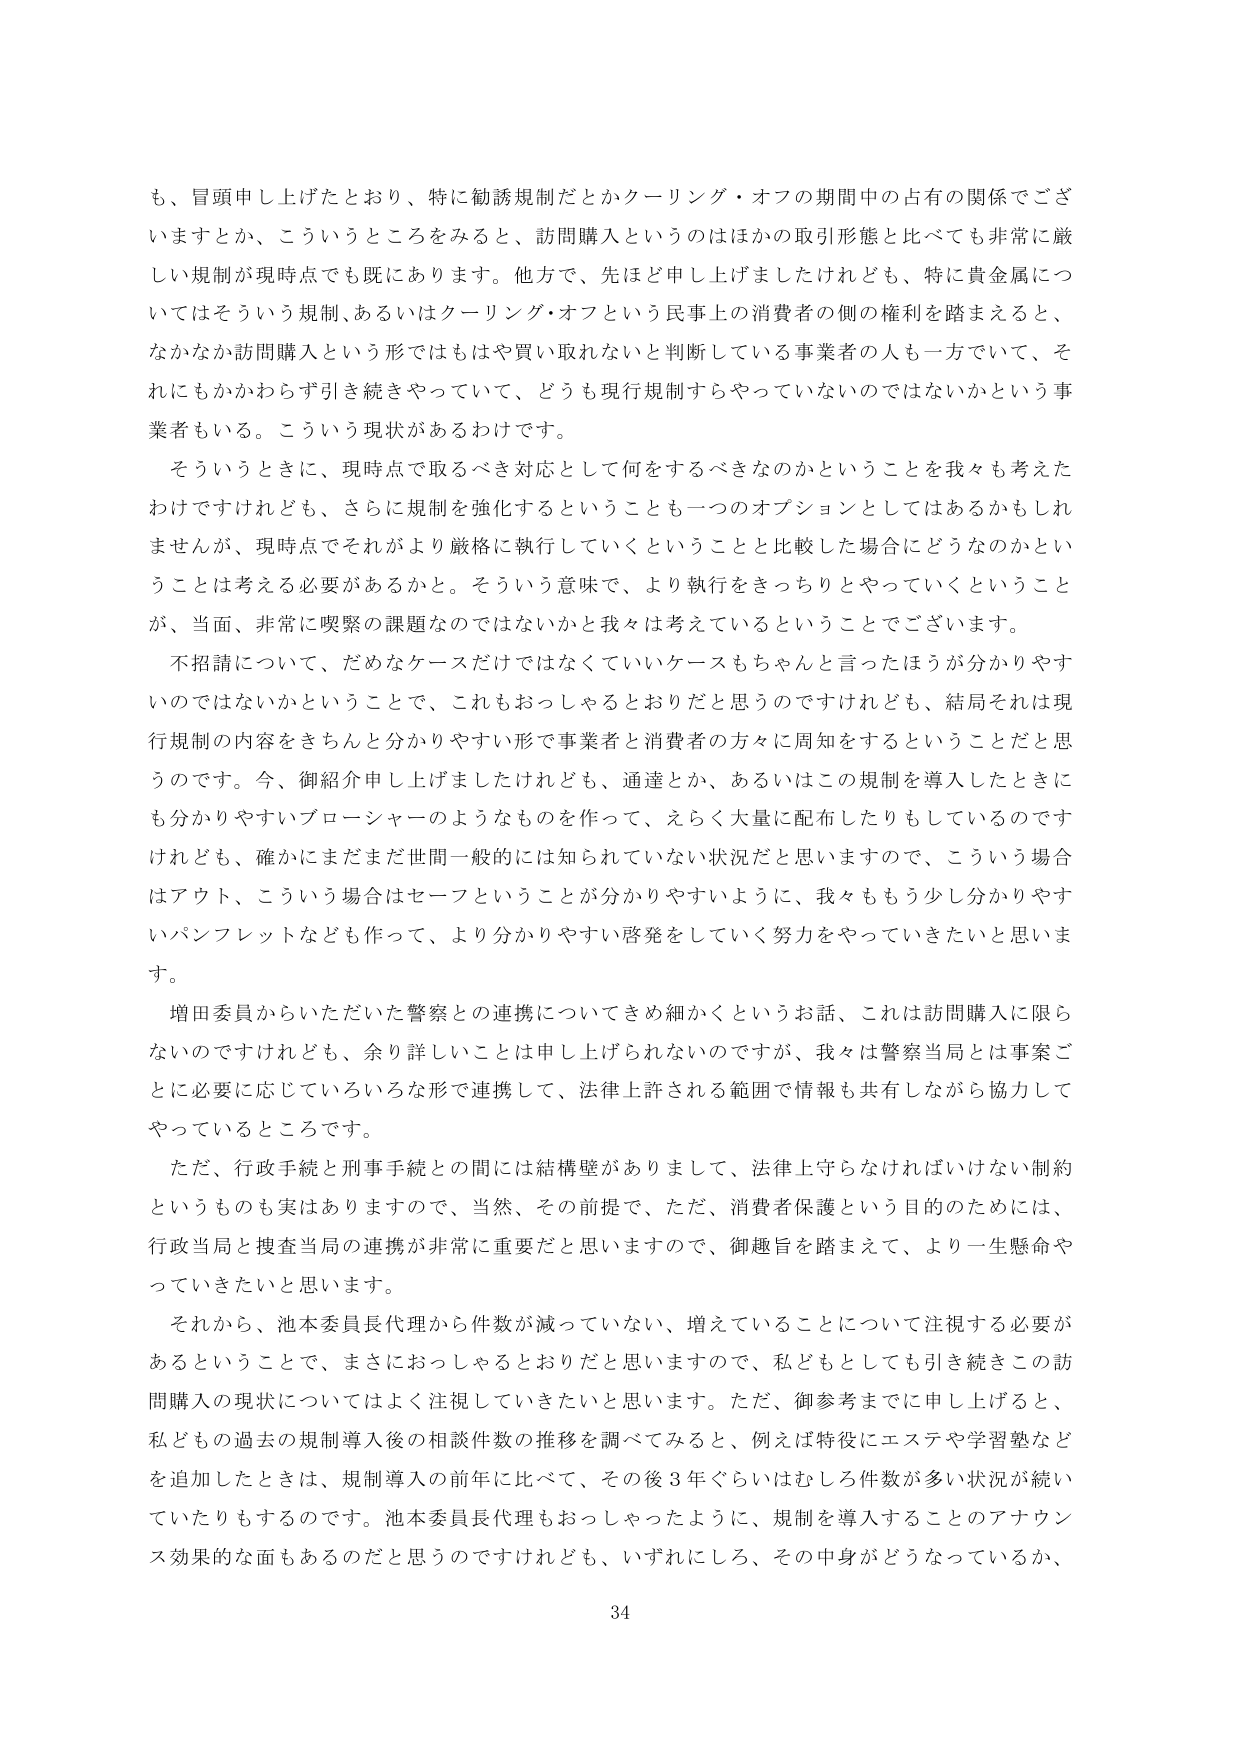
も、冒頭申し上げたとおり、特に勧誘規制だとかクーリング・オフの期間中の占有の関係でございますとか、こういうところをみると、訪問購入というのはほかの取引形態と比べても非常に厳しい規制が現時点でも既にあります。他方で、先ほど申し上げましたけれども、特に貴金属についてはそういう規制、あるいはクーリング・オフという民事上の消費者の側の権利を踏まえると、なかなか訪問購入という形ではもはや買え取れないと判断している事業者の人も一方でいて、それにもかかわらず引き続きやっていて、どうも現行規制すらやっていないのではないかという事業者もいる。こういう現状があるわけです。

そういうときに、現時点で取るべき対応として何をするべきなのかということを我々も考えたわけですがけれども、さらに規制を強化するということも一つのオプションとしてはあるかもしれませんが、現時点でそれがより厳格に執行していくということと比較した場合にどうなのかということは考える必要があるかと。そういう意味で、より執行をきっちりとやっていくということが、当面、非常に喫緊の課題なのではないかと我々は考えているということでございます。

不招請について、だめなケースだけではなくていいケースもちゃんと言ったほうが分かりやすいのではないかということで、これもおっしゃるとおりだと思うのですけれども、結局それは現行規制の内容をきちんと分かりやすい形で事業者と消費者の方々に周知をすることだとと思うのです。今、御紹介申し上げましたけれども、通達とか、あるいはこの規制を導入したときにも分かりやすいブローシャーのようなものを作って、えらく大量に配布したりもしているのですけれども、確かにまだまだ世間一般的には知られていない状況だと思いますので、こういう場合はアウト、こういう場合はセーフということが分かりやすいように、我々ももう少し分かりやすいパンフレットなども作って、より分かりやすい啓発をしていく努力をやっていきたいと思います。

増田委員からいただいた警察との連携についてきめ細かくというお話、これは訪問購入に限らないのですけれども、余り詳しいことは申し上げられないのですが、我々は警察当局とは事案ごとに必要に応じていろいろな形で連携して、法律上許される範囲で情報も共有しながら協力してやっているところです。

ただ、行政手続と刑事手続との間には結構壁がありまして、法律上守らなければならない制約というものも実はありますので、当然、その前提で、ただ、消費者保護という目的のためには、行政当局と捜査当局の連携が非常に重要だと思いますので、御趣旨を踏まえて、より一生懸命やっていきたいと思います。

それから、池本委員長代理から件数が減っていない、増えていることについて注視する必要があるということで、まさに仰しゃるとおりだと思いますので、私どもとしても引き続きこの訪問購入の現状についてはよく注視していきたいと思います。ただ、御参考までに申し上げると、私どもの過去の規制導入後の相談件数の推移を調べてみると、例えば特役にエステや学習塾などを追加したときは、規制導入の前年に比べて、その後3年ぐらいはむしろ件数が多い状況が続いていたりもするのです。池本委員長代理もおっしゃったように、規制を導入することのアナウンス効果的な面もあるのだと思うのですけれども、いずれにしろ、その中身がどうなっているか、

34